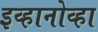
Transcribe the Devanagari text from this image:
इव्हानोव्हा